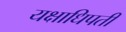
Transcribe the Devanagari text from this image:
यक्षाधिपती